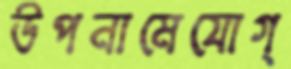
উপনামেযোগ্